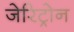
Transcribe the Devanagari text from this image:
जेरिट्रोन